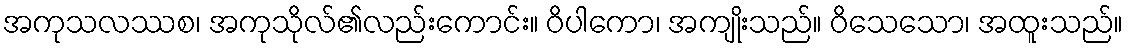
အကုသလဿစ၊ အကုသိုလ်၏လည်းကောင်း။ ဝိပါကော၊ အကျိုးသည်။ ဝိသေသော၊ အထူးသည်။